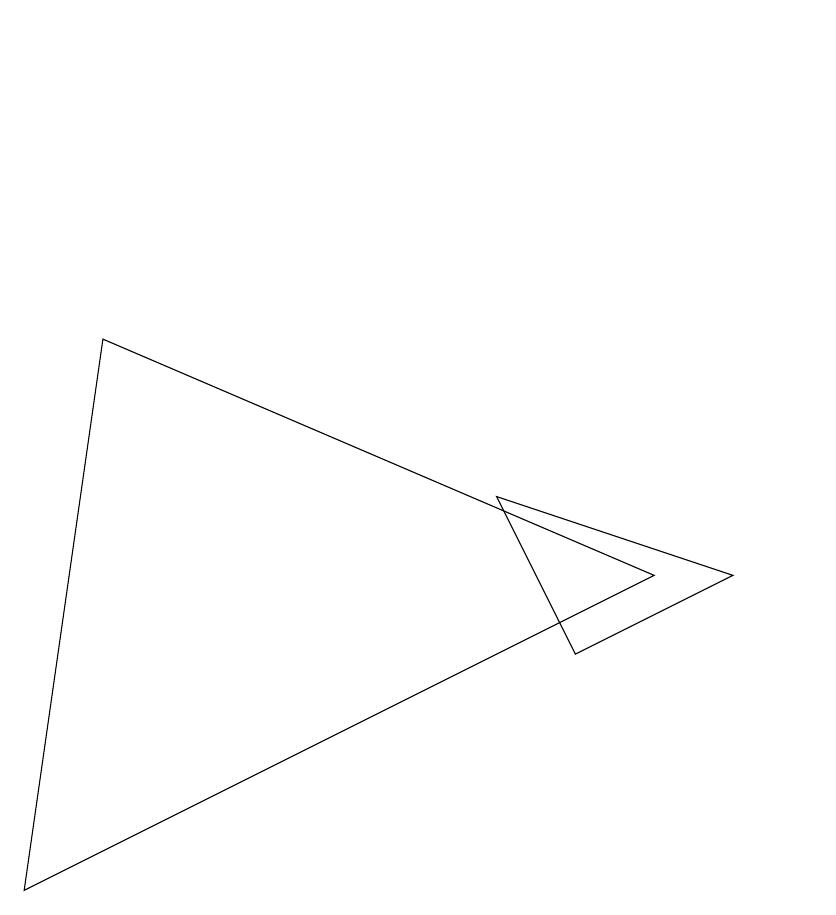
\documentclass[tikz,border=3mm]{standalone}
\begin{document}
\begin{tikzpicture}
\draw (1,7) -- (8,4) -- (0,0) -- cycle;
\draw (10,11) circle (0);
\draw (9,4) -- (6,5) -- (7,3) -- cycle;
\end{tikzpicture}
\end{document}